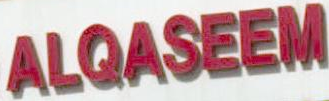
ALQASEEM